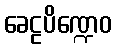
ခေဠပိဏ္ဍေဝ